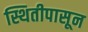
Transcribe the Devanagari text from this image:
स्थितीपासून